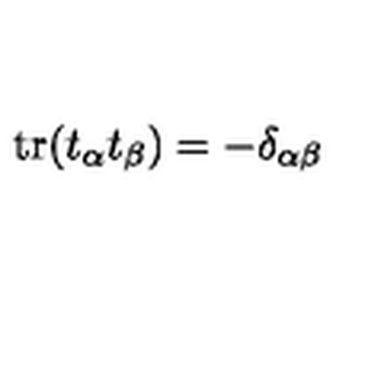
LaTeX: \mathop { \mathrm { t r } } ( t _ { \alpha } t _ { \beta } ) = - \delta _ { \alpha \beta }